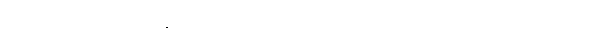
တေသုကေသာဒီသု၊ ထိုဆံအစရှိသည်တို့၌။ ဝါ၊ ထိုဆံအစရှိသည်တို့သည်။ ပဋိကူလတော၊